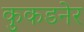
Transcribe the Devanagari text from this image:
कुकडनेर